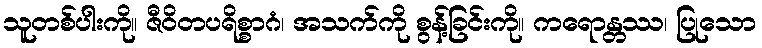
သူတစ်ပါးကို။ ဇီဝိတပရိစ္စာဂံ၊ အသက်ကို စွန့်ခြင်းကို။ ကရောန္တဿ၊ ပြုသော